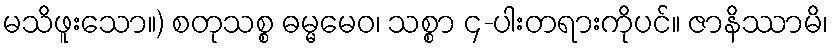
မသိဖူးသော။) စတုသစ္စ ဓမ္မမေဝ၊ သစ္စာ ၄-ပါးတရားကိုပင်။ ဇာနိဿာမိ၊